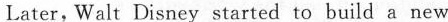
Later,Walt Disney started to build a new